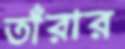
তাঁরার